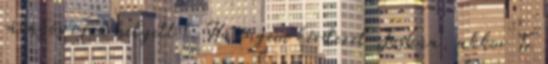
rávágós igen helyett. -Ha engem kérdezel Joshua, akkor Te